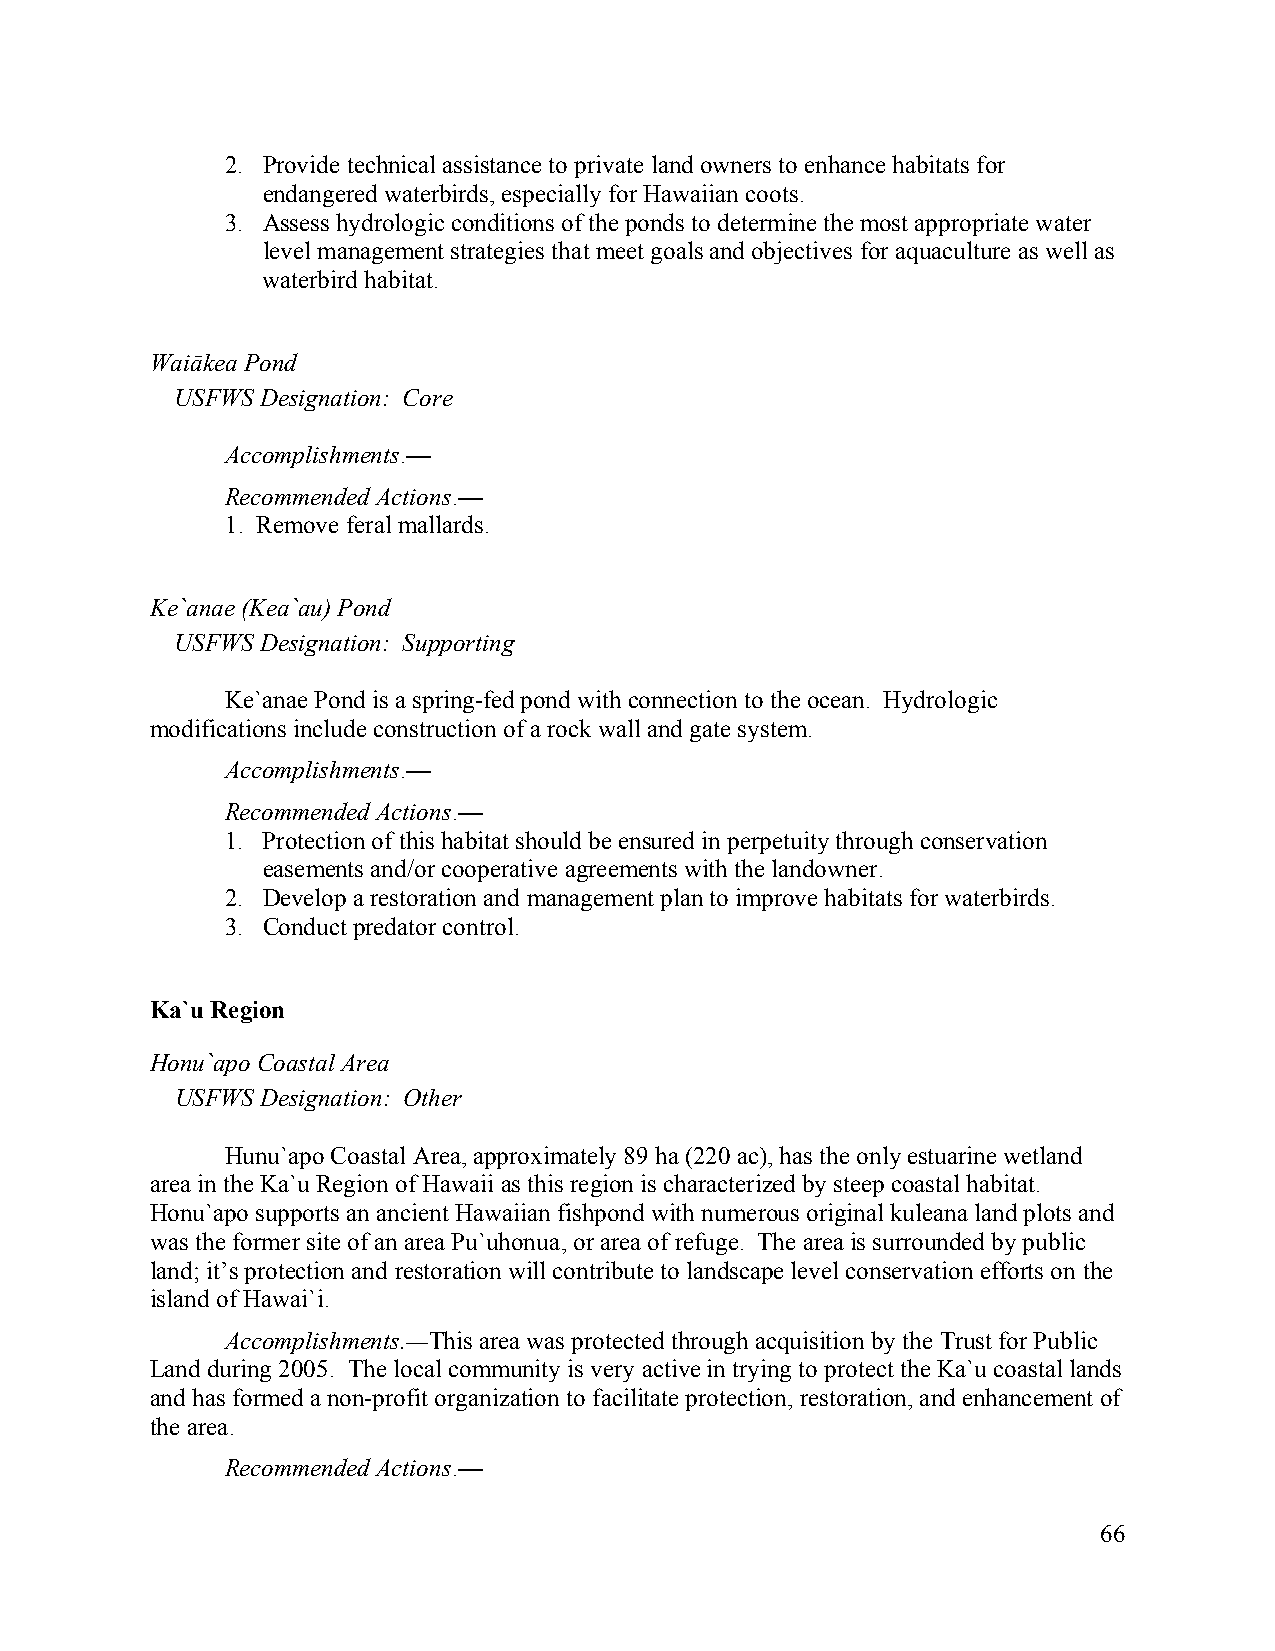
2. Provide technical assistance to private land owners to enhance habitats for
 endangered waterbirds, especially for Hawaiian coots.
 3. Assess hydrologic conditions of the ponds to determine the most appropriate water
 level management strategies that meet goals and objectives for aquaculture as well as
 waterbird habitat.
 Waiākea Pond
 USFWS Designation: Core
 Accomplishments.—
 Recommended Actions.—
 1. Remove feral mallards.
 Ke`anae (Kea`au) Pond
 USFWS Designation: Supporting
 Ke`anae Pond is a spring-fed pond with connection to the ocean. Hydrologic
 modifications include construction of a rock wall and gate system.
 Accomplishments.—
 Recommended Actions.—
 1. Protection of this habitat should be ensured in perpetuity through conservation
 easements and/or cooperative agreements with the landowner.
 2. Develop a restoration and management plan to improve habitats for waterbirds.
 3. Conduct predator control.
 Ka`u Region
 Honu`apo Coastal Area
 USFWS Designation: Other
 Hunu`apo Coastal Area, approximately 89 ha (220 ac), has the only estuarine wetland
 area in the Ka`u Region of Hawaii as this region is characterized by steep coastal habitat.
 Honu`apo supports an ancient Hawaiian fishpond with numerous original kuleana land plots and
 was the former site of an area Pu`uhonua, or area of refuge. The area is surrounded by public
 land; it’s protection and restoration will contribute to landscape level conservation efforts on the
 island of Hawai`i.
 Accomplishments.—This area was protected through acquisition by the Trust for Public
 Land during 2005. The local community is very active in trying to protect the Ka`u coastal lands
 and has formed a non-profit organization to facilitate protection, restoration, and enhancement of
 the area.
 Recommended Actions.—
 66